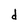
Character: d